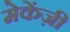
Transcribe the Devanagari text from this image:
मेकेंज़ी